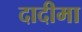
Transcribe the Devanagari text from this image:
दादीमा